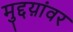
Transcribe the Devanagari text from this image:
मुद्दय़ांवर